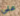
علي